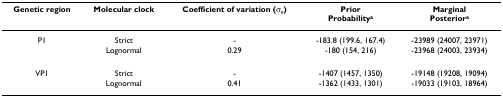
<table><thead><tr><td><b>Genetic region</b></td><td><b>Molecular clock</b></td><td><b>Coefficient of variation (σ<sub>r</sub>)</b></td><td><b>PriorProbability<sup>a</sup></b></td><td><b>MarginalPosterior<sup>a</sup></b></td></tr></thead><tbody><tr><td>P1</td><td>Strict</td><td>-</td><td>-183.8 (199.6, 167.4)</td><td>-23989 (24007, 23971)</td></tr><tr><td></td><td>Lognormal</td><td>0.29</td><td>-180 (154, 216)</td><td>-23968 (24003, 23934)</td></tr><tr><td>VP1</td><td>Strict</td><td>-</td><td>-1407 (1457, 1350)</td><td>-19148 (19208, 19094)</td></tr><tr><td></td><td>Lognormal</td><td>0.41</td><td>-1362 (1433, 1301)</td><td>-19033 (19103, 18964)</td></tr></tbody></table>